Annual report of the Punjab Veterinary College and of the Civil Veterinary Department, Punjab - 1894-1908
Year: 1894
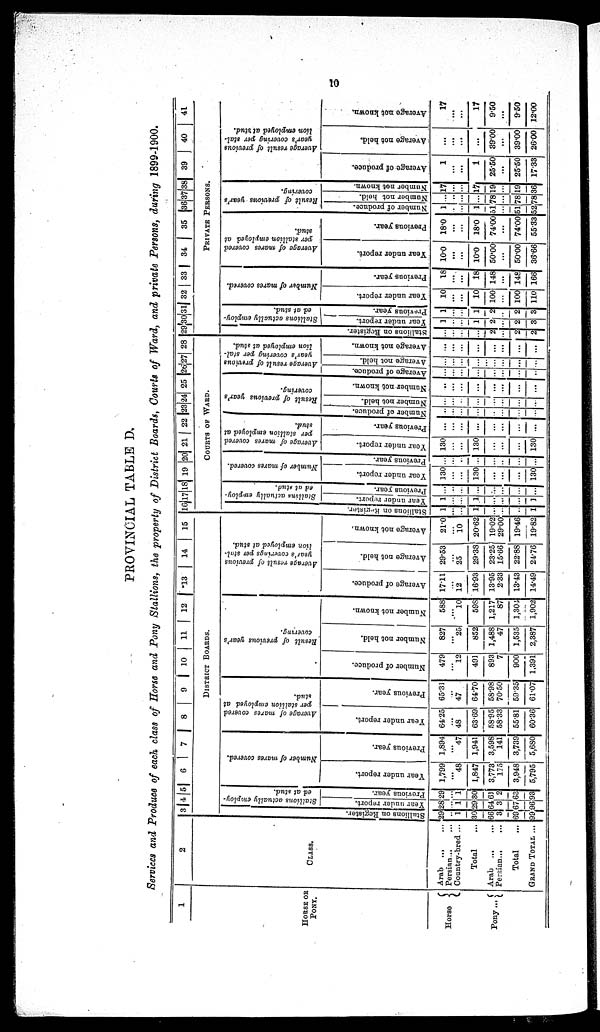
10
PROVINCIAL TABLE D.
Services and Produce of each class of Horse and Pony Stallions, the property of District Boards, Courts of Ward, and private Persons, during 1899-1900.
1
HORSE OR
PONY.
Horse ...
Pony ...
2
CLASS.
Arab ...
Persian...
Country-bred ...
Total
Arab ... ...
Persian ... ...
Total ...
GRAND TOTAL ...
3 4 5 6
7 8 9 10 11 12 13 14 15
DISTRICT BOARDS.
s t
al l
i
ons on Regi s t
er .
29
...
1
30
66
3
69
99
Stallions actually employ-
ed at stud.
Year under report.
28
...
1
20
64
3
67
96
Previous year.
29
...
1
30
61
2
60
93
Number of mares covered.
Year under report.
1,799
...
48
1,847
3,773
175
3,948
5,795
Previous year.
1,894
...
47
1,944
3,598
141
3,739
5,680
Average of mares covered
per stallion employed at
stud.
Year under report.
64.25
...
48
63.69
58.95
58.33
55.81
60.36
Previous year.
65.31
...
47
64.70
58.98
70.50
59.35
61.07
Result of previous year's
covering.
Number of produce.
479
...
12
491
893
7
900
1,391
Number not held.
827
...
25
852
1,488
47
1,535
2,387
Number not known.
588
...
10
598
1,217
87
1,304
1,902
Average result of previous
year's coverings per stal¬
lion employed at stud.
Average of produce.
17.11
...
12
16.93
13.95
2.33
13.43
14.49
Average not held.
29.53
...
25
29.38
23.25
15.66
22.88
24.76
Average not known.
21.0
...
10
20.62
19.02
29.00
19.46
19.82
16 17 18 19 20 21 22 23 24 25 26 27 28
COURTS OF WARD.
Stallions
on Register.
1
...
...
1
...
...
...
1
Stallions
actually employ-
ed at stud.
Year under report.
1
...
...
1
...
...
...
1
Previous year.
...
...
...
...
...
...
...
...
Number of mares covered.
Year under report.
130
...
...
130
...
...
...
130
Previous year.
...
...
..
...
...
...
...
...
Average of mares covered
per stallion employed at
stud.
Year under report.
130
...
...
130
...
...
...
130
Previous year.
...
...
...
...
...
...
...
...
Result of previous year's
covering.
Number of produce.
...
...
...
...
...
...
...
...
Number not hel d.
...
...
...
...
...
...
...
...
Number not known.
...
...
...
...
...
...
...
...
Average result of previous
year's covering per stal-
lion employed at stud.
Aver age of produce.
...
...
...
...
...
...
...
...
Aver age not hel d.
...
...
...
...
...
...
...
...
Average
not known.
...
...
...
...
...
...
...
...
29 30 31 32 33 34
35
36 37 38 39
40
41
PRIVATE PERSONS.
Stallions
on Register.
...
...
...
...
2
...
2
2
Stallions actually employ¬
ed at stud.
Year under report.
1
...
...
1
2
...
2
3
Previous year.
1
...
...
1
2
...
2
3
Number of mares covered.
Year under report.
10
...
...
10
100
...
100
110
Previous year.
18
...
...
18
148
...
148
166
Average of mares covered
stud.
Year under report.
10.0
...
...
10.0
50.00
...
50.00
36.66
Previous year.
18.0
...
...
18.0
74.00
...
74.00
55.33
Result of previous year's
Number of produce.
1
...
...
1
51
...
51
52
Number not held.
...
...
...
...
78
...
78
78
Number not known.
17
...
...
17
19
...
19
36
Average result of previous
year's covering per stal-
lion employed at stud.
Average of produce.
1
...
...
1
25.50
...
25.50
17.33
Average not held.
...
...
...
...
39.00
...
39.00
26.00
Average
not known.
17
...
...
17
9.50
...
9.50
12.00